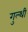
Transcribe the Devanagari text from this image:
गुल्थी